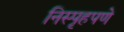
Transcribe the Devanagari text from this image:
निस्पृहपणे